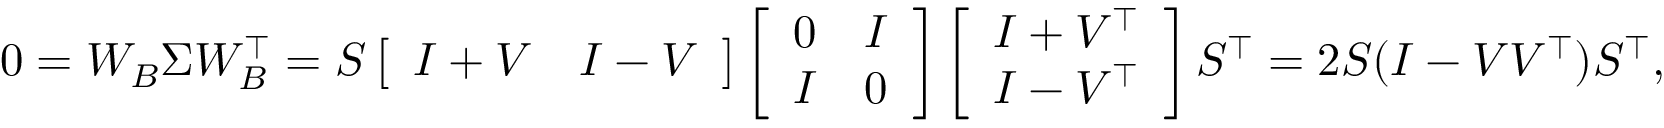
\begin{array} { r } { 0 = W _ { B } \Sigma W _ { B } ^ { \top } = S \left[ \begin{array} { l l } { I + V } & { I - V } \end{array} \right] \left[ \begin{array} { l l } { 0 } & { I } \\ { I } & { 0 } \end{array} \right] \left[ \begin{array} { l } { I + V ^ { \top } } \\ { I - V ^ { \top } } \end{array} \right] S ^ { \top } = 2 S ( I - V V ^ { \top } ) S ^ { \top } , } \end{array}